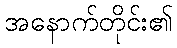
အနောက်တိုင်း၏